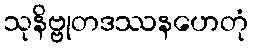
သုနိဗ္ဗုတဒဿနဟေတုံ